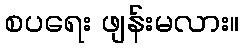
စပရေး ဖျန်းမလား။